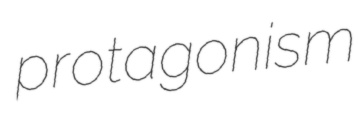
protagonism